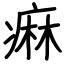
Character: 痳